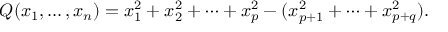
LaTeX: Q ( x _ { 1 } , \ldots , x _ { n } ) = x _ { 1 } ^ { 2 } + x _ { 2 } ^ { 2 } + \cdots + x _ { p } ^ { 2 } - ( x _ { p + 1 } ^ { 2 } + \cdots + x _ { p + q } ^ { 2 } ) .